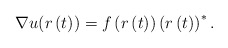
\begin{align*}\nabla u(r\left( t\right) )=f\left( r\left( t\right) \right) \left(r\left( t\right) \right) ^{\ast}.\end{align*}